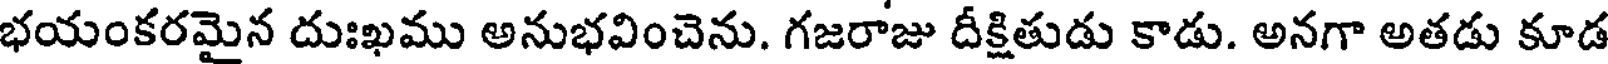
భయంకరమైన దుఃఖము అనుభవించెను. గజరాజు దీక్షితుడు కాడు. అనగా అతడు కూడ